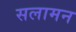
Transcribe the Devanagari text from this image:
सलामन